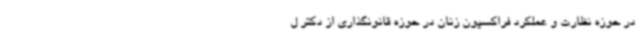
در حوزه نظارت و عملکرد فراکسیون زنان در حوزه قانونگذاری از دکتر ل